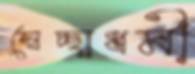
স্বেচ্ছাধর্মী